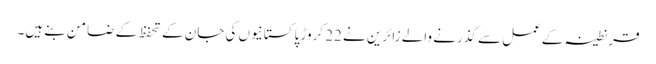
قرنطینہ کےعمل سے گذرنے والے زائرین نے 22 کروڑ پاکستانیوں کی جان کے تحفظ کے ضامن بنے ہیں۔